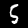
Digit: 5